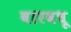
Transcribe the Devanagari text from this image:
वारवधू